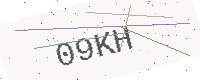
Text: 09KH